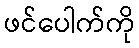
ဖင်ပေါက်ကို